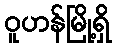
ဝူဟန်မြို့ရှိ